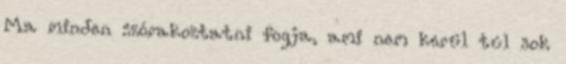
Ma minden szórakoztatni fogja, ami nem kerül túl sok